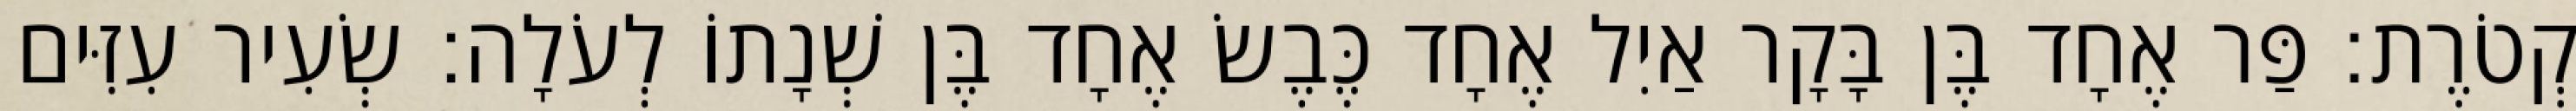
קְטֹרֶת׃ פַּר אֶחָד בֶּן בָּקָר אַיִל אֶחָד כֶּבֶשׂ אֶחָד בֶּן שְׁנָתוֹ לְעֹלָה׃ שְׂעִיר עִזִּים